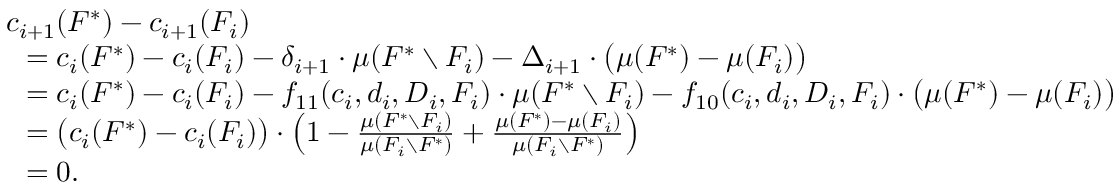
\begin{array} { r l } & { c _ { i + 1 } ( F ^ { * } ) - c _ { i + 1 } ( F _ { i } ) } \\ { } & { ~ ~ = c _ { i } ( F ^ { * } ) - c _ { i } ( F _ { i } ) - \delta _ { i + 1 } \cdot \mu ( F ^ { * } \setminus F _ { i } ) - \Delta _ { i + 1 } \cdot \big ( \mu ( F ^ { * } ) - \mu ( F _ { i } ) \big ) } \\ { } & { ~ ~ = c _ { i } ( F ^ { * } ) - c _ { i } ( F _ { i } ) - f _ { 1 1 } ( c _ { i } , d _ { i } , D _ { i } , F _ { i } ) \cdot \mu ( F ^ { * } \setminus F _ { i } ) - f _ { 1 0 } ( c _ { i } , d _ { i } , D _ { i } , F _ { i } ) \cdot \big ( \mu ( F ^ { * } ) - \mu ( F _ { i } ) \big ) } \\ { } & { ~ ~ = \big ( c _ { i } ( F ^ { * } ) - c _ { i } ( F _ { i } ) \big ) \cdot \left( 1 - \frac { \mu ( F ^ { * } \setminus F _ { i } ) } { \mu ( F _ { i } \setminus F ^ { * } ) } + \frac { \mu ( F ^ { * } ) - \mu ( F _ { i } ) } { \mu ( F _ { i } \setminus F ^ { * } ) } \right) } \\ { } & { ~ ~ = 0 . } \end{array}